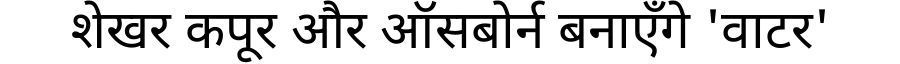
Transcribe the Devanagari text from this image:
शेखर कपूर और ऑसबोर्न बनाएँगे 'वाटर'